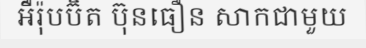
អឺរ៉ុបប៊ិត ប៊ុនធឿន សាកជាមួយ